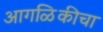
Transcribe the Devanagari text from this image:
आगळिकीचा